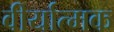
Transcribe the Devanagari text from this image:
वीर्यात्मक